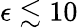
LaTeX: \epsilon\lesssim 10